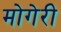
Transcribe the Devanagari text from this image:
मोगेरी